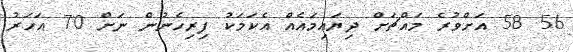
56 58 އަށްވުރެ މައްޗަށް ދިޔައިމައެއް އެކަމަކު ފިރިހެނުން ނަށް 70 އަހަރު